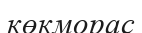
көкморас